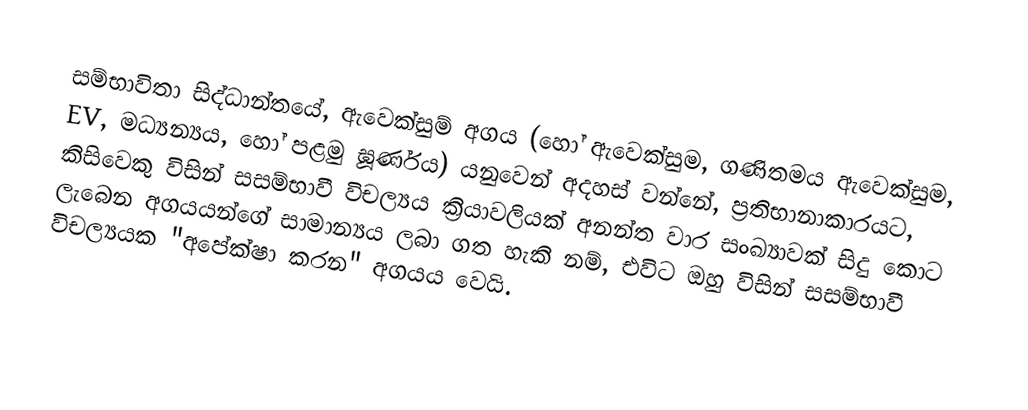
සම්භාවිතා සිද්ධාන්තයේ, ඇවෙක්සුම් අගය (හෝ ඇවෙක්සුම, ගණිතමය ඇවෙක්සුම, EV, මධ්‍යන්‍යය, හෝ පළමු ඝූර්ණය) යනුවෙන් අදහස් වන්නේ, ප්‍රතිභානාකාරයට, කිසිවෙකු විසින් සසම්භාවී විචල්‍යය ක්‍රියාවලියක්  අනන්ත වාර සංඛ්‍යාවක් සිදු කොට ලැබෙන අගයයන්ගේ සාමාන්‍යය ලබා ගත හැකි නම්, එවිට ඔහු විසින්   සසම්භාවී විචල්‍යයක  "අපේක්ෂා කරන" අගයය වෙයි.